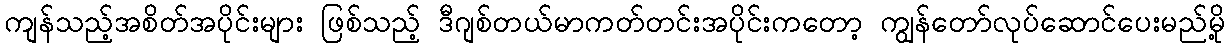
ကျန်သည့်အစိတ်အပိုင်းများ ဖြစ်သည့် ဒီဂျစ်တယ်မာကတ်တင်းအပိုင်းကတော့ ကျွန်တော်လုပ်ဆောင်ပေးမည်မို့